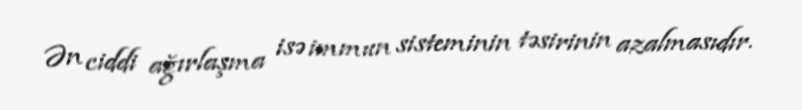
Ən ciddi ağırlaşma isə immun sisteminin təsirinin azalmasıdır.